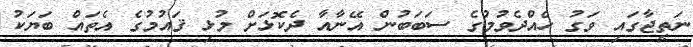
ނަތީޖާގައި ވަގު ހެއްދެވުމުގެ ސަބަބުން އޭނާއާ ދެކޮޅަށް މުޅި ޤައުމުގެ އެތައް ބަޔަކު